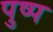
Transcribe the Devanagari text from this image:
पुष्प